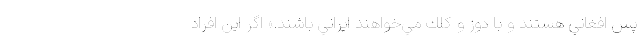
پس افغاني هستند و با دوز و كلك مي‌خواهند ايراني باشند.» اگر اين افراد